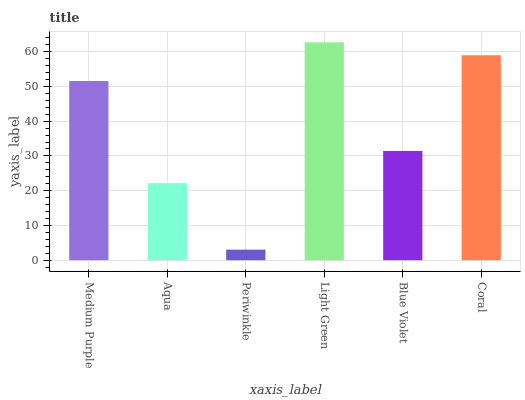
| xaxis_label | bars |
 | --- | --- |
 | Medium Purple | 51.5 |
 | Aqua | 22.2 |
 | Periwinkle | 3.04 |
 | Light Green | 62.7 |
 | Blue Violet | 31.4 |
 | Coral | 59 |